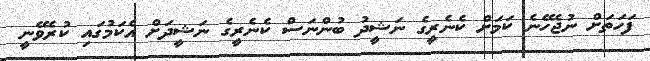
ފަހަތަށް ނުޖެހޭނެ ކަމަށް ކެނެރީގެ ނަޝީދު ބުންނަސް ކެނެރީގެ ނަޝީދަށް އެކަމުގައި ކުރެވޭނީ